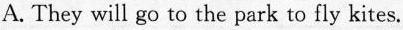
A. They will go to the park to fly kites.